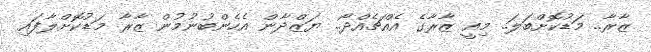
ޒާރާ.. މަޑުކޮށްބަލަ.. މިއީ ޒާރާގެ އެއްޗެއްދޯ.. ޔަޒްދާން އެހެންބުނުމުން ޒާރާ މަޑުކޮށްލާފައި